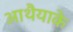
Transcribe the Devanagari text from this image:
आथैयाके